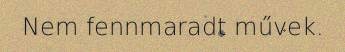
Nem fennmaradt művek.